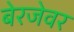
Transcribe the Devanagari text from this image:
बेरजेवर